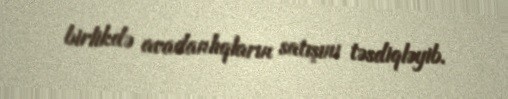
birlikdə avadanlıqların satışını təsdiqləyib.